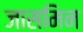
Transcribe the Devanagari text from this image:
जासमिन